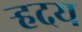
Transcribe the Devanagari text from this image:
र्‍हदय